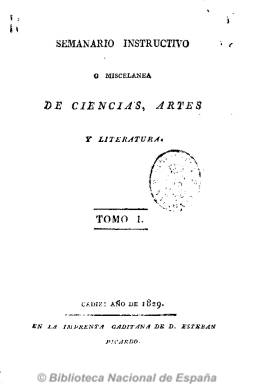
Título: Semanario instructivo (Cádiz)
Otros títulos: Título de la portada de tomo: Semanario instructivo o Miscelánea de ciencias, artes, y literatura || Miscelánea de ciencias, artes y literatura
Colección: Cultura
Ámbito geográfico: Cádiz
Lugar de publicación: Cádiz
Fechas: 07/11/1829-18/12/1830

Se trata de una publicación de carácter enciclopédico y humanista por sus extensos artículos de gran interés científico, que rebasa el mero carácter divulgativo, y con el título alternativo de “Miscelánea de ciencias, artes y literatura”. Salía a la luz en la Imprenta gaditana de Esteban Picardo y se suscribían a ella en diversas librerías de ciudades españolas. Empezó a publicarse el 7 de noviembre de 1829. Publica amplios artículos de Historia, Geografía, Astronomía, Higiene, Comercio, Sociología, Medicina, Literatura, Filosofía, Industria, Jurisprudencia, Economía, Agricultura, Demografía e, incluso, Bibliografía, muchos de ellos referentes a países europeos. También publica algunos anuncios literarios y noticias de carácter científico. Sus artículos no son firmados y algunos son referencias de otros publicados en el extranjero.

Se trata de una revista muy generosa, pues su paginación era entre 40 y 48 páginas, aunque a partir del número 41 (9 oct. 1830) se reduce a 12 páginas, al mismo tiempo que expresa que la publicación sale los sábado y con Real Permiso, en un periodo de grandes trabas al periodismo en esa época absolutista de Fernando VII. El último número conocido –y digitalizado por la BNE- es el 51 (18 dic. 1830). A la colección de la BNE le faltan algunos números del año 1830, como el 38 (24 jul.), que se encuentra en la Hemeroteca Municipal de Madrid.